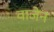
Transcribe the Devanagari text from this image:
वाजेन